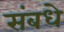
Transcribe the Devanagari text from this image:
संबधे